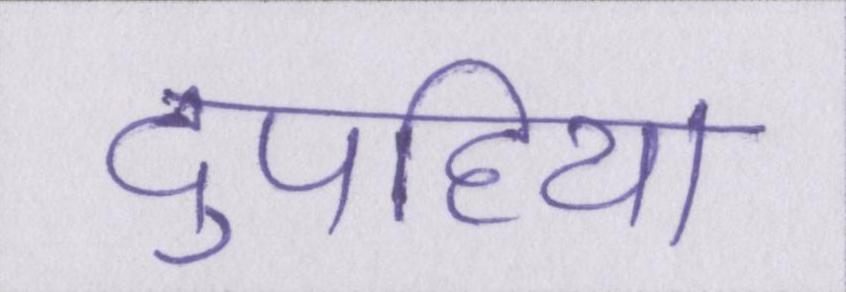
दुपहिया